Civil Veterinary Department. Madras. Admin. report 1910-25 - 1910-1925
Year: 1910
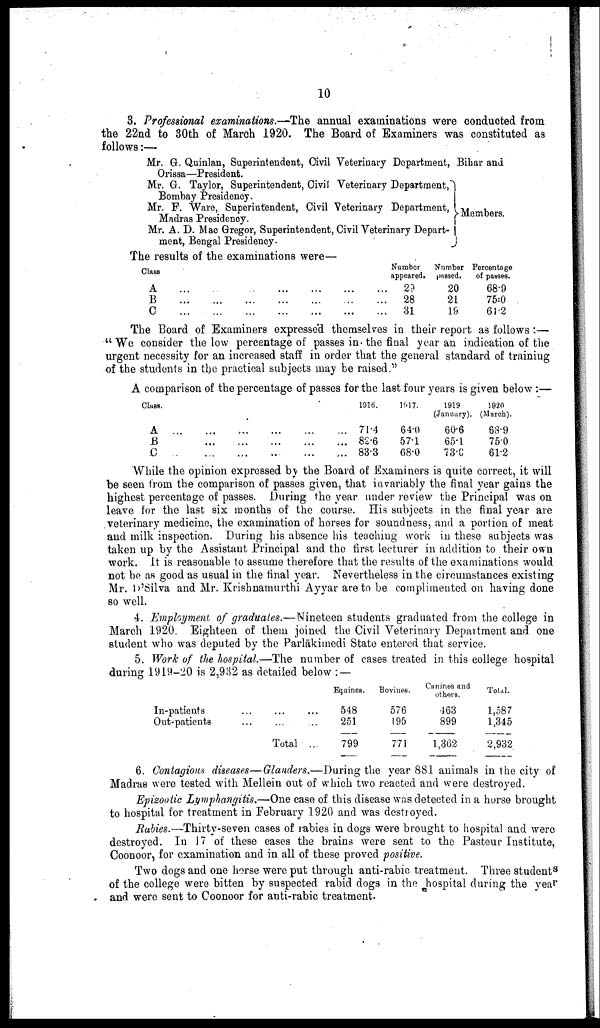
10
3. Professional examinations.—The annual examinations were conducted from
the 22nd to 30th of March 1920. The Board of Examiners was constituted as
follows:—
Mr. G. Quinlan, Superintendent, Civil Veterinary Department,
Orissa—President.
Mr. G. Taylor, Superintendent, Civil Veterinary Department,
Bombay Presidency.
Mr. F. Ware, Superintendent, Civil Veterinary Department,
Madras Presidency.
Mr. A. D. Mac Gregor, Superintendent, Civil Veterinary Depart-
ment, Bengal
Presidency.
Bihar and
Members.
The results of the examinations were—
Class
A
B
C
...
...
...
...
...
...
...
...
...
...
...
...
...
...
...
...
...
...
...
...
...
Number
appeared.
29
28
31
Number
passed.
20
21
19
Percentage
of passes.
68.9
75.0
61.2
The Board of Examiners expressed themselves in their report as follows :—
"We consider the low percentage of passes in the final year an indication of the
urgent necessity for an increased staff in order that the general standard of training
of the students in the practical subjects may be raised."
A comparison of the percentage of passes for the last four years is given below :—
Class.
A
B
C
...
...
...
...
...
...
...
...
...
...
...
...
...
...
...
...
...
...
1916.
71.4
82.6
83.3
1917.
64.0
57.1
68.0
1919
(January).
60.6
65.1
73.0
1920
(March).
68.9
75.0
61.2
While the opinion expressed by the Board of Examiners is quite correct, it will
be seen from the comparison of passes given, that invariably the final year gains the
highest percentage of passes. During the year under review the Principal was on
leave for the last six months of the course. His subjects in the final year are
veterinary medicine, the examination of horses for soundness, and a portion of meat
and milk inspection. During his absence his teaching work in these subjects was
taken up by the Assistant Principal and the first lecturer in addition to their own
work. It is reasonable to assume therefore that the results of the examinations would
not be as good as usual in the final year. Nevertheless in the circumstances existing
Mr. D'Silva and Mr. Krishnamurthi Ayyar are to be complimented on having done
so well.
4. Employment of graduates.—Nineteen students graduated from the college in
March 1920. Eighteen of them joined the Civil Veterinary Department and one
student who was deputed by the Parlākimedi State entered that service.
5. Work of the hospital.—The number of cases treated in this college hospital
during 1919-20 is 2,932 as detailed below : —
In-patients
Out-patients
...
...
...
...
Total
...
...
...
Equines.
548
251
799
Bovines.
576
195
771
Canines and
others.
463
899
1,362
Total.
1,587
1,345
2,932
6. Contagious diseases—Glanders.—During the year 881 animals in the city of
Madras were tested with Mellein out of which two reacted and were destroyed.
Epizootic Lymphangitis.—One case of this disease was detected in a horse brought
to hospital for treatment in February 1920 and was destroyed.
Rabies.—Thirty-seven cases of rabies in dogs were brought to hospital and were
destroyed. In 17 of these cases the brains were sent to the Pasteur Institute,
Coonoor, for examination and in all of these proved positive.
Two dogs and one horse were put through anti-rabic treatment. Three students
of the college were bitten by suspected rabid dogs in the hospital during the year
and were sent to Coonoor for anti-rabic treatment.